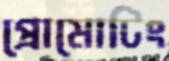
প্রোমোটিং